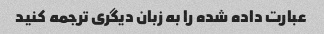
عبارت داده شده را به زبان دیگری ترجمه کنید